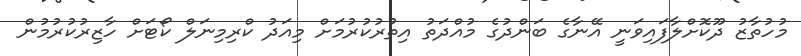
މުހުތާޒު ދޫކޮށްލާފައިވަނީ އޭނާގެ ބަންދުގެ މުއްދަތު އިތުރުކުރުމަށް މިއަދު ކްރިމިނަލް ކޯޓަށް ހާޒިރުކުރުމުން